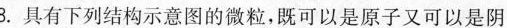
3.具有下列结构示意图的微粒，既可以是原子又可以是阴